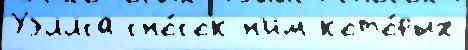
Уэллса сно́сок н'им кото́рых